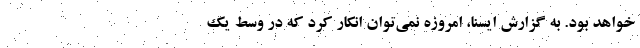
خواهد بود. به گزارش ایسنا، امروزه نمی‌توان انکار کرد که در وسط یک